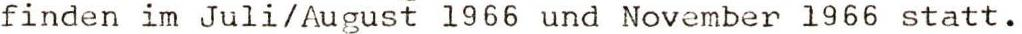
finden im Juli/August l966 und November l966 statt.